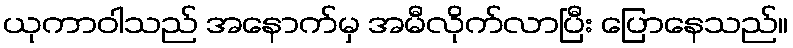
ယုကာဝါသည် အနောက်မှ အမီလိုက်လာပြီး ပြောနေသည်။